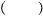
()